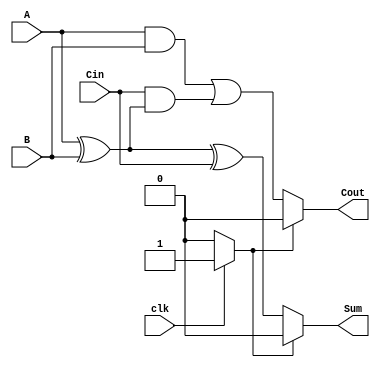
module dynamic_full_adder (
    input wire A,
    input wire B,
    input wire Cin,
    input wire clk,
    output wire Sum,
    output wire Cout
);

    // Internal signals
    wire A_xor_B;
    wire A_and_B;
    wire A_xor_B_and_Cin;
    wire precharge_sum, precharge_cout;

    // Dynamic logic for Sum: Sum = A  B  Cin
    // Precharge phase
    assign precharge_sum = clk ? 1'b1 : 1'b0; // Precharge during clk high

    // Evaluate phase
    assign A_xor_B = A ^ B; // First XOR
    assign A_xor_B_and_Cin = A_xor_B ^ Cin; // Second XOR for final Sum
    assign Sum = precharge_sum ? 1'b0 : A_xor_B_and_Cin; // Output during evaluate phase

    // Dynamic logic for Cout: Cout = (A  B) + (Cin  (A  B))
    // Precharge phase
    assign precharge_cout = clk ? 1'b1 : 1'b0; // Precharge during clk high

    // Evaluate phase
    assign A_and_B = A & B; // AND gate for A and B
    assign Cout = precharge_cout ? 1'b0 : (A_and_B | (Cin & A_xor_B)); // Output during evaluate phase

endmodule